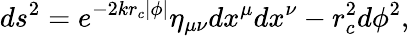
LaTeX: ds^{2}=e^{-2kr_{c}|\phi|}\eta_{\mu\nu}dx^{\mu}dx^{\nu}-r_{c}^{2}d\phi^{2},